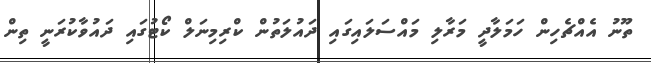
ތޫނު އެއްޗެހިން ހަމަލާދީ މަރާލި މައްސަލައިގައި ދައުލަތުން ކްރިމިނަލް ކޯޓުގައި ދައުވާކުރަނީ ތިން